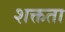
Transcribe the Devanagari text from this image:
शक्तता